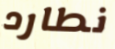
نطارد